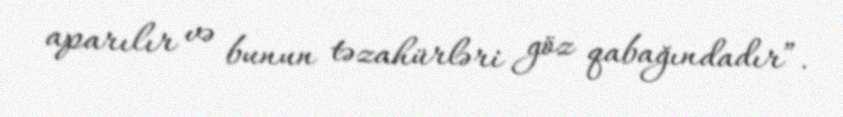
aparılır və bunun təzahürləri göz qabağındadır”.